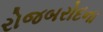
રોજબરોદના